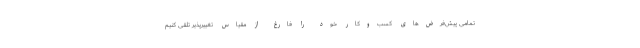
تمامی پیش‌فرض‌های کسب‌وکار خود را فارغ از مقیاس تغییرپذیر تلقی کنیم